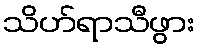
သိဟ်ရာသီဖွား